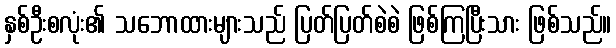
နှစ်ဦးစလုံး၏ သဘောထားများသည် ပြတ်ပြတ်စဲစဲ ဖြစ်ကြပြီးသား ဖြစ်သည်။